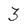
Character: 3